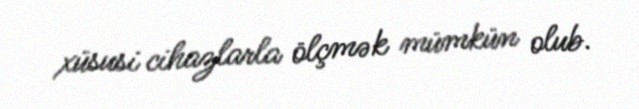
xüsusi cihazlarla ölçmək mümkün olub.